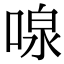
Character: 𪡠